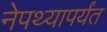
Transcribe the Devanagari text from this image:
नेपथ्यापर्यंत